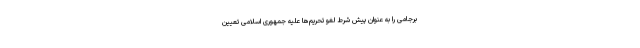
برجامی را به عنوان پیش شرط لغو تحریم‌ها علیه جمهوری اسلامی تعیین